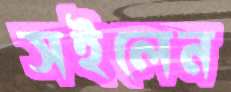
সইলেন